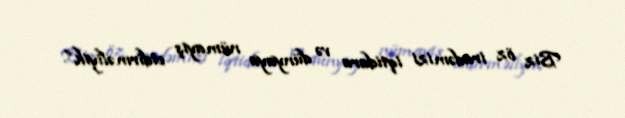
Biz öz iradəmizi iqtidara və dünyaya nümayiş etdirməliyik”.